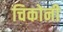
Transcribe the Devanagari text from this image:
चिकोनी